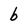
Character: b